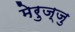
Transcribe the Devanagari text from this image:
मेरुज्जु